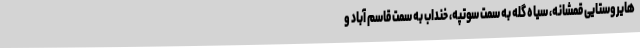
هایروستایی قمشانه، سیاه گله به سمت سوتپه، خنداب به سمت قاسم آباد و